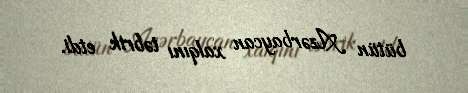
bütün Azərbaycan xalqını təbrik etdi.